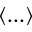
\langle . . . \rangle